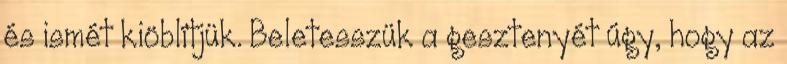
és ismét kiöblítjük. Beletesszük a gesztenyét úgy, hogy az